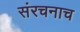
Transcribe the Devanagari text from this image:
संरचनाच